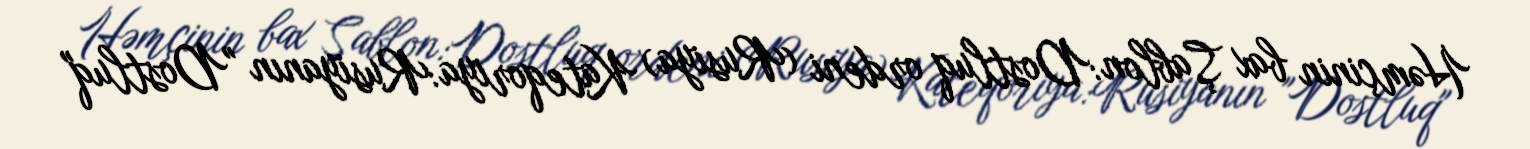
Həmçinin bax Şablon:Dostluq ordeni (Rusiya) Kateqoriya:Rusiyanın "Dostluq"